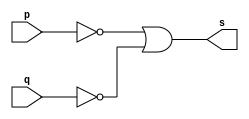
// Exercicio 4 - NAND de Morgan 
// Nome: Silvino Henrique Santos de Souza 

// ------------------------- 
// -- nand gate 
// ------------------------- 
module nandgate (output s, input p, input q);  
	assign s = ~p | ~q; 
endmodule 

// ------------------------- 
// -- test nand gate 
// ------------------------- 
module testnandgate; 
	reg a,b; 	 
	wire s; 
	nandgate NAND1 (s, a, b); 
	
	initial begin:start 
		a=0;b=0; // valor inicial 
	end 

	initial begin:main 
		$display("Exercicio 4 - Silvino Henrique Santos de Souza - 412773"); 
		$display("Test NAND de Morgan Gate:"); 
		$display("\n ~a | ~b = s\n");
		$monitor("~%b | ~%b = %b", a,b,s);
		#1 a=0; b=0; 
		#1 a=0; b=1;
		#1 a=1; b=0;  
		#1 a=1; b=1; 
	end 
endmodule